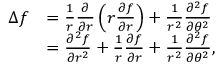
{ \begin{array} { r l } { \Delta f } & { = { \frac { 1 } { r } } { \frac { \partial } { \partial r } } \left( r { \frac { \partial f } { \partial r } } \right) + { \frac { 1 } { r ^ { 2 } } } { \frac { \partial ^ { 2 } f } { \partial \theta ^ { 2 } } } } \\ & { = { \frac { \partial ^ { 2 } f } { \partial r ^ { 2 } } } + { \frac { 1 } { r } } { \frac { \partial f } { \partial r } } + { \frac { 1 } { r ^ { 2 } } } { \frac { \partial ^ { 2 } f } { \partial \theta ^ { 2 } } } , } \end{array} }